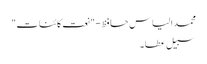
محمد الیاس حافظ - "نعت کائنات"
سبیل عطا ۔